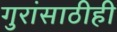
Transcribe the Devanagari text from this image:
गुरांसाठीही